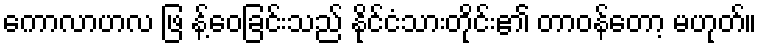
ကောလာဟလ ဖြ န့်ဝေခြင်းသည် နိုင်ငံသားတိုင်း၏ တာဝန်တော့ မဟုတ်။